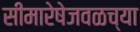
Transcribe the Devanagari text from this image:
सीमारेषेजवळच्या